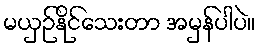
မယှဉ်နိုင်သေးတာ အမှန်ပါပဲ။